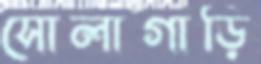
সোলাগাড়ি